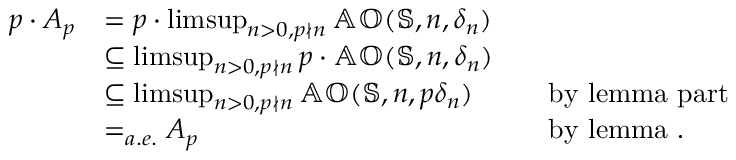
\begin{array} { r l r l } { p \cdot A _ { p } } & { = p \cdot \operatorname* { l i m s u p } _ { n > 0 , p \nmid n } \mathbb { A O } ( \mathbb { S } , n , \delta _ { n } ) } \\ & { \subseteq \operatorname* { l i m s u p } _ { n > 0 , p \nmid n } p \cdot \mathbb { A O } ( \mathbb { S } , n , \delta _ { n } ) } \\ & { \subseteq \operatorname* { l i m s u p } _ { n > 0 , p \nmid n } \mathbb { A O } ( \mathbb { S } , n , p \delta _ { n } ) } & & { \mathrm { b y ~ l e m m a ~ p a r t ~ } } \\ & { = _ { a . e . } A _ { p } } & & { \mathrm { b y ~ l e m m a ~ . } } \end{array}